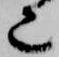
也